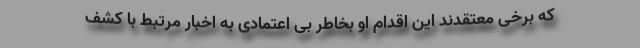
که برخی معتقدند این اقدام او بخاطر بی اعتمادی به اخبار مرتبط با کشف